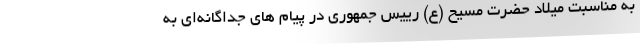
به مناسبت میلاد حضرت مسیح (ع) رییس جمهوری در پیام های جداگانه‌ای به